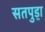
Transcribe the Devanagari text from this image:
सतपुड़ा़